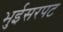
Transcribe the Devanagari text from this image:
भुईसरपट